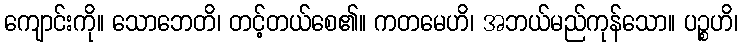
ကျောင်းကို။ သောဘေတိ၊ တင့်တယ်စေ၏။ ကတမေဟိ၊ အဘယ်မည်ကုန်သော။ ပဉ္စဟိ၊